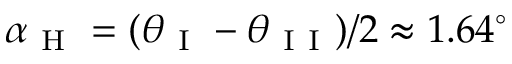
\alpha _ { \mathrm { ~ H ~ } } = ( \theta _ { \mathrm { ~ I ~ } } - \theta _ { \mathrm { ~ I ~ I ~ } } ) / 2 \approx 1 . 6 4 ^ { \circ }